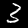
Label: 3